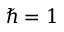
\hbar = 1